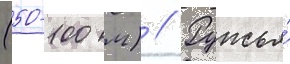
(50-100 м) // Ружья́